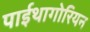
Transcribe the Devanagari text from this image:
पाईथागोरियन